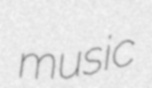
music